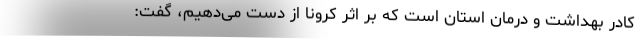
کادر بهداشت و درمان استان است که بر اثر کرونا از دست می‌دهیم، گفت: